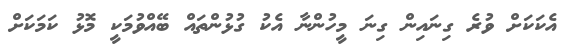
އެކަކަށް ވުރެ ގިނައިން ގިނަ މީހުންނާ އެކު ގުޅުންތައް ބޭއްވުމަކީ މޮޅު ކަމަކަށް